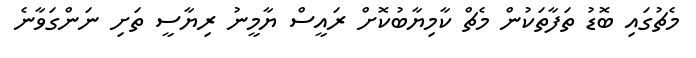
މެޗުގައި ބޮޑު ތަފާތަކުން މެޗް ކާމިޔާބުކޮށް ރައީސް ޔާމީނު ރިޔާސީ ތަށި ނަންގަވާނެ